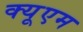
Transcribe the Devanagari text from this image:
क्यूएम